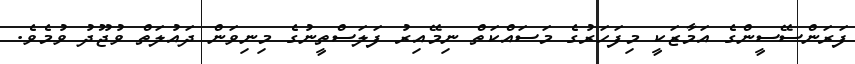
ފަރަންސޭސީންގެ އަމާޒަކީ މިފަހަރުގެ މަސައްކަތް ނިމޭއިރު ފަލަސްތީނުގެ މިނިވަން ދައުލަތް ވުޖޫދު ވުމެވެ.